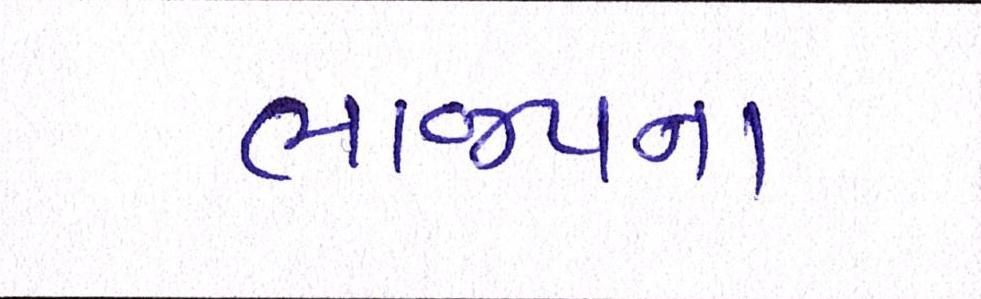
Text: ભાજપના